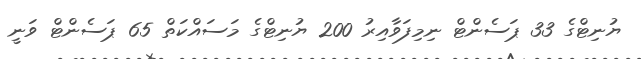
ޔުނިޓްގެ 33 ޕަސެންޓް ނިމިފަވާއިރު 200 ޔުނިޓްގެ މަސައްކަތް 65 ޕަސެންޓް ވަނީ